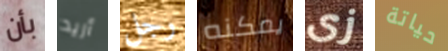
بأن أريد رجل يمكنه زى حياتة